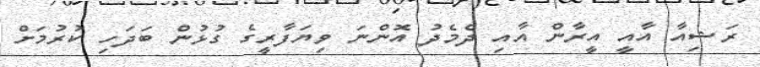
ރަޝިއާ އާއީ އީރާން އާއި ދެމެދު އޮންނަ ވިޔަފާރީގެ ގުޅުން ބަދަހި ކުރުމަށް